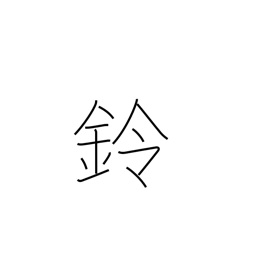
Meaning: small bell